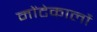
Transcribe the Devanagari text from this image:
मोंटेकार्लो